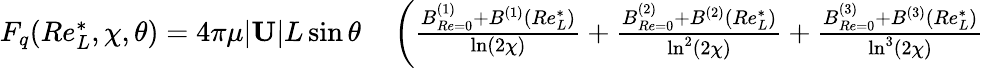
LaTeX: \begin{array}{rl}{F_{q}(Re_{L}^{*},\chi,\theta)=4\pi\mu|\mathbf{U}|L\sin\theta}&{{}\left(\frac{B_{Re=0}^{(1)}+B^{(1)}(Re_{L}^{*})}{\ln(2\chi)}+\frac{B_{Re=0}^{(2)}+B^{(2)}(Re_{L}^{*})}{\ln^{2}(2\chi)}+\frac{B_{Re=0}^{(3)}+B^{(3)}(Re_{L}^{*})}{\ln^{3}(2\chi)}\right.}\end{array}